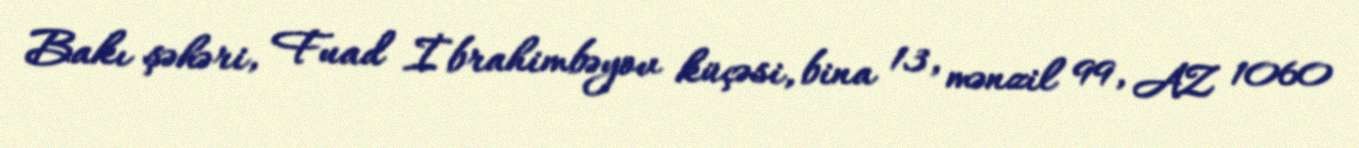
Bakı şəhəri, Fuad İbrahimbəyov küçəsi, bina 13, mənzil 99, AZ 1060